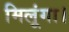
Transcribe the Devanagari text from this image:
मिलूंगा।